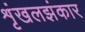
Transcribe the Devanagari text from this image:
शृंखलझंकार